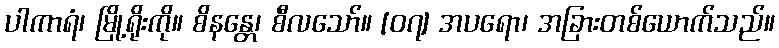
ပါကာရံ၊ မြို့ရိုးကို။ စိနန္တေ၊ စီလသော်။ [၀၇] အပရော၊ အခြားတစ်ယောက်သည်။